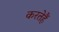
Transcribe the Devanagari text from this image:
करतेहैं